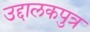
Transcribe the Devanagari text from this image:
उद्दालकपुत्र